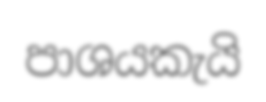
පාශයකැයි